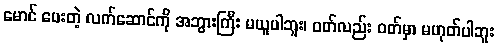
မောင် ပေးတဲ့ လက်ဆောင်ကို အဘွားကြီး မယူပါဘူး၊ ဝတ်လည်း ဝတ်မှာ မဟုတ်ပါဘူး